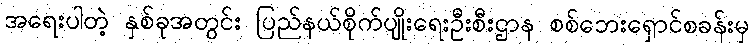
အရေးပါတဲ့ နှစ်ခုအတွင်း ပြည်နယ်စိုက်ပျိုးရေးဦးစီးဌာန စစ်ဘေးရှောင်စခန်းမှ